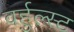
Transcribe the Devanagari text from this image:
वर्हुल्स्ट